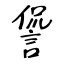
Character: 諐